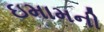
ઇમામની